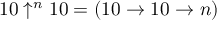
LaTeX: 1 0 \uparrow ^ { n } 1 0 = ( 1 0 \to 1 0 \to n )